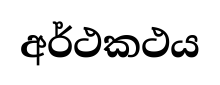
අර්ථකථය